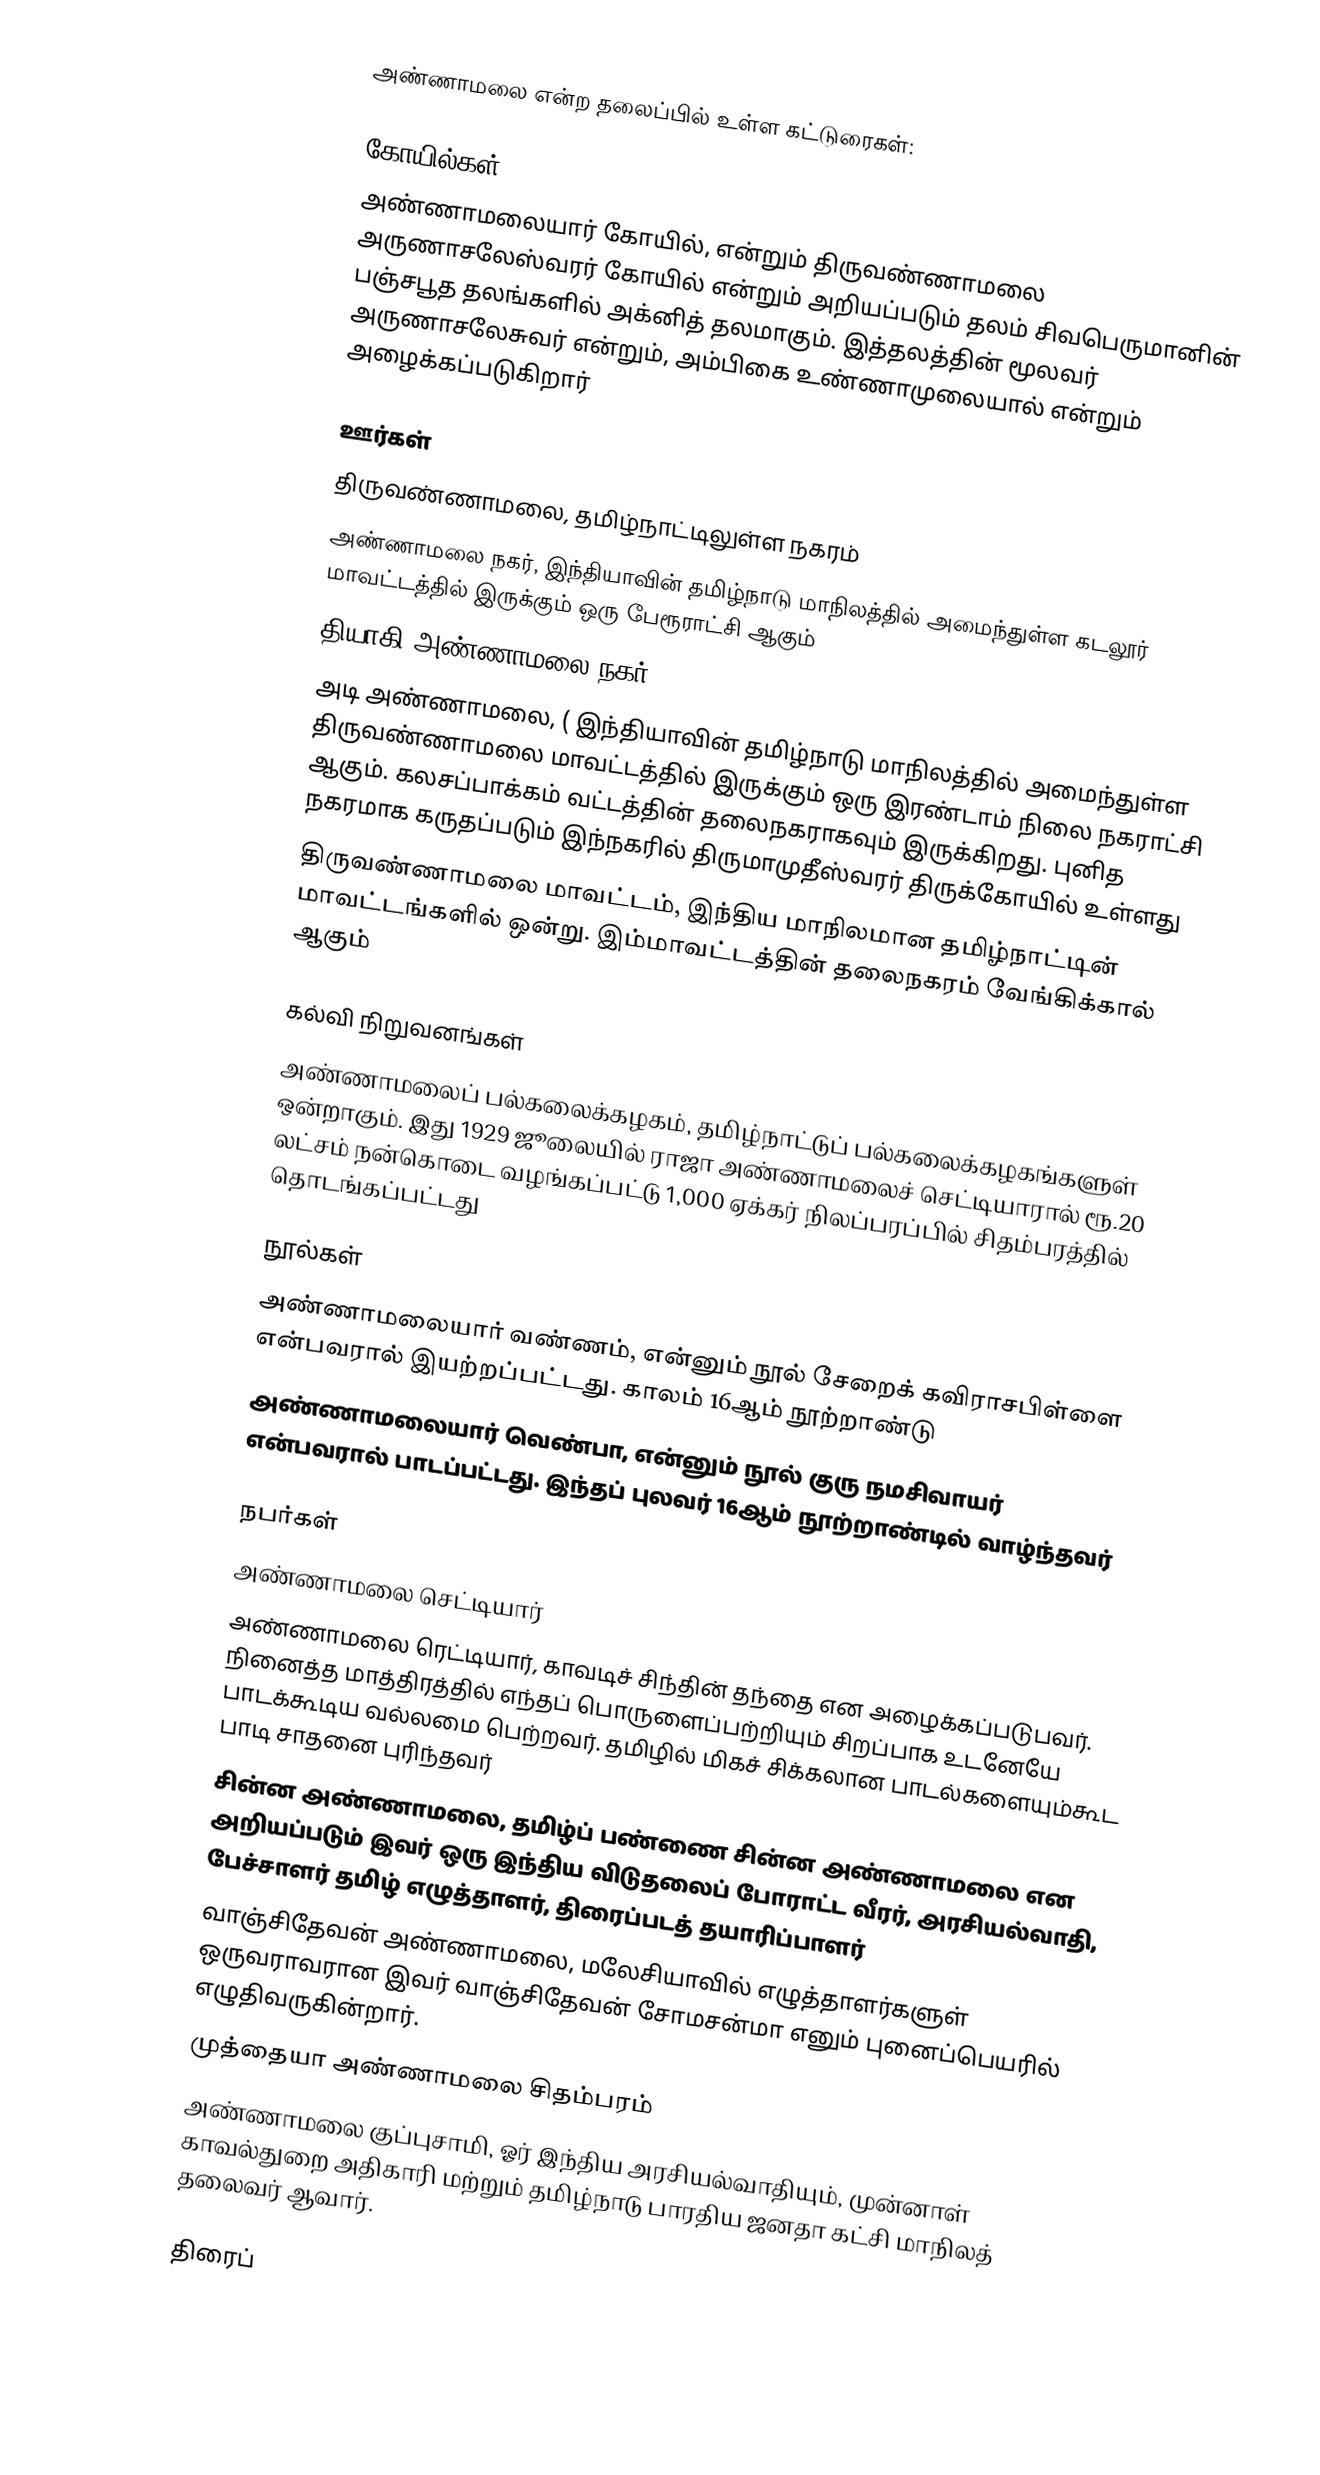
அண்ணாமலை என்ற தலைப்பில் உள்ள கட்டுரைகள்:

கோயில்கள்
 அண்ணாமலையார் கோயில், என்றும் திருவண்ணாமலை அருணாசலேஸ்வரர் கோயில் என்றும் அறியப்படும் தலம் சிவபெருமானின் பஞ்சபூத தலங்களில் அக்னித் தலமாகும். இத்தலத்தின் மூலவர் அருணாசலேசுவர் என்றும், அம்பிகை உண்ணாமுலையால் என்றும் அழைக்கப்படுகிறார்

ஊர்கள்
 திருவண்ணாமலை, தமிழ்நாட்டிலுள்ள நகரம்
 அண்ணாமலை நகர், இந்தியாவின் தமிழ்நாடு மாநிலத்தில் அமைந்துள்ள கடலூர் மாவட்டத்தில் இருக்கும் ஒரு பேரூராட்சி ஆகும்
 தியாகி அண்ணாமலை நகர்
 அடி அண்ணாமலை, ( இந்தியாவின் தமிழ்நாடு மாநிலத்தில் அமைந்துள்ள திருவண்ணாமலை மாவட்டத்தில் இருக்கும் ஒரு இரண்டாம் நிலை நகராட்சி ஆகும். கலசப்பாக்கம் வட்டத்தின் தலைநகராகவும் இருக்கிறது. புனித நகரமாக கருதப்படும் இந்நகரில் திருமாமுதீஸ்வரர் திருக்கோயில் உள்ளது
 திருவண்ணாமலை மாவட்டம், இந்திய மாநிலமான தமிழ்நாட்டின் மாவட்டங்களில் ஒன்று. இம்மாவட்டத்தின் தலைநகரம் வேங்கிக்கால் ஆகும்

கல்வி நிறுவனங்கள்
 அண்ணாமலைப் பல்கலைக்கழகம், தமிழ்நாட்டுப் பல்கலைக்கழகங்களுள் ஒன்றாகும். இது 1929 ஜூலையில் ராஜா அண்ணாமலைச் செட்டியாரால் ரூ.20 லட்சம் நன்கொடை வழங்கப்பட்டு 1,000 ஏக்கர் நிலப்பரப்பில் சிதம்பரத்தில் தொடங்கப்பட்டது

நூல்கள்
 அண்ணாமலையார் வண்ணம், என்னும் நூல் சேறைக் கவிராசபிள்ளை என்பவரால் இயற்றப்பட்டது. காலம் 16ஆம் நூற்றாண்டு
 அண்ணாமலையார் வெண்பா, என்னும் நூல் குரு நமசிவாயர் என்பவரால் பாடப்பட்டது. இந்தப் புலவர் 16ஆம் நூற்றாண்டில் வாழ்ந்தவர்

நபர்கள்
 அண்ணாமலை செட்டியார்
 அண்ணாமலை ரெட்டியார், காவடிச் சிந்தின் தந்தை என அழைக்கப்படுபவர். நினைத்த மாத்திரத்தில் எந்தப் பொருளைப்பற்றியும் சிறப்பாக உடனேயே பாடக்கூடிய வல்லமை பெற்றவர். தமிழில் மிகச் சிக்கலான பாடல்களையும்கூட பாடி சாதனை புரிந்தவர்
 சின்ன அண்ணாமலை, தமிழ்ப் பண்ணை சின்ன அண்ணாமலை என அறியப்படும் இவர் ஒரு இந்திய விடுதலைப் போராட்ட வீரர், அரசியல்வாதி, பேச்சாளர் தமிழ் எழுத்தாளர், திரைப்படத் தயாரிப்பாளர்
 வாஞ்சிதேவன் அண்ணாமலை, மலேசியாவில் எழுத்தாளர்களுள் ஒருவராவரான இவர் வாஞ்சிதேவன் சோமசன்மா எனும் புனைப்பெயரில் எழுதிவருகின்றார்.
 முத்தையா அண்ணாமலை சிதம்பரம்
அண்ணாமலை குப்புசாமி, ஓர் இந்திய அரசியல்வாதியும், முன்னாள் காவல்துறை அதிகாரி மற்றும் தமிழ்நாடு பாரதிய ஜனதா கட்சி மாநிலத் தலைவர் ஆவார்.

திரைப்